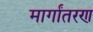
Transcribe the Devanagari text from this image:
मार्गांतरण